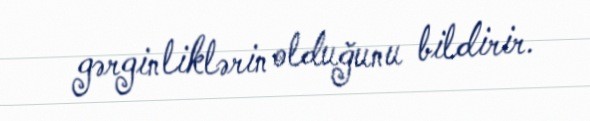
gərginliklərin olduğunu bildirir.